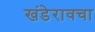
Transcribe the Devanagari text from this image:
खंडेरावचा